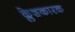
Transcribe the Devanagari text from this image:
क्लेशकारक